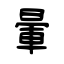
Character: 暈